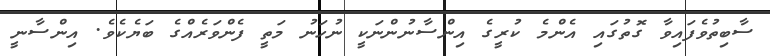
ސާބިތުވެފައިވާ ގޮތުގައި އެންމެ ކުރީގެ އިންސާނުންނަކީ ނުހަނު މަތީ ފެންވަރެއްގެ ބަޔެކެވެ. އިންސާނީ